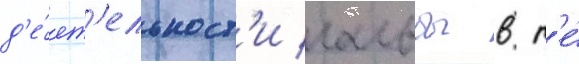
д'е́ят'ельност'и гальбы в т'е́